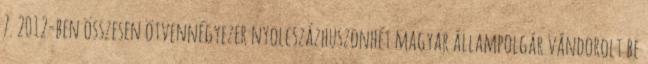
7. 2012-ben összesen ötvennégyezer nyolcszázhuszonhét magyar állampolgár vándorolt be